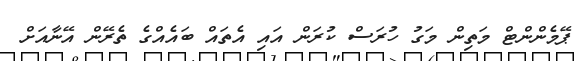
ޕޭމެންންޓް މަތިން މަގު ހުރަސް ކުރަން އައި އެތައް ބައެއްގެ ތެރޭން އޭނާއަށް